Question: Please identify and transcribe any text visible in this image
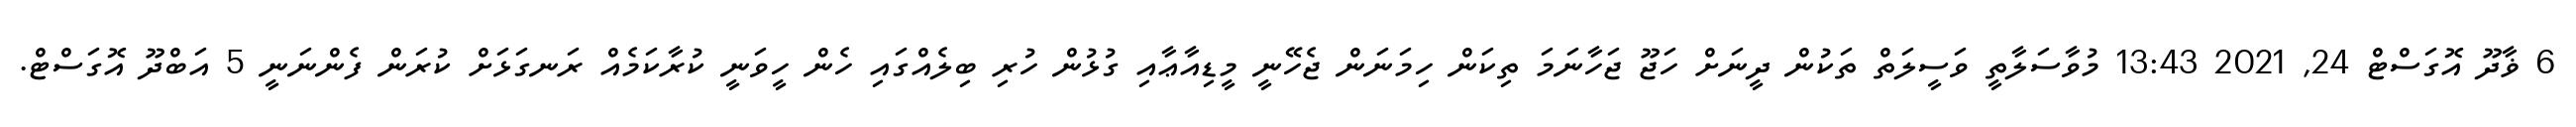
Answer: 6 ޥާދޫ އޮގަސްޓް 24, 2021 13:43 މުވާސަލާތީ ވަސީލަތް ތަކުން ދީނަށް ހަޖޫ ޖަހާނަމަ ތިކަން ހިމަނަން ޖެހޭނީ މީޑިއާޢާއި ގުޅުން ހުރި ބިލެއްގައި ހެން ހީވަނީ ކުރާކަމެއް ރަނގަޅަށް ކުރަން ފެންނަނީ 5 އަބްދޫ އޮގަސްޓް.